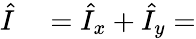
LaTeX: \begin{array}{rl}{\hat{I}}&{{}=\hat{I}_{x}+\hat{I}_{y}=}\end{array}